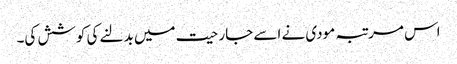
اس مرتبہ مودی نے اسے جارحیت میں بدلنے کی کوشش کی۔